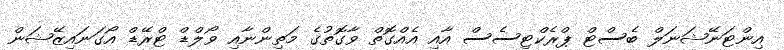
އިންޓަނޭޝަނަލް ބެސްޓް ޕްރެކްޓިސެސް އާއި އެއްގޮތް ވާގޮތުގެ މަތިންނާއި ވޯލްޑް ޓްރޭޑް އޯގަނައިޒޭޝަން